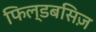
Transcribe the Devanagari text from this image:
फिल्डबसिज़